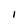
Character: I